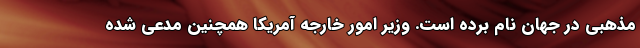
مذهبی در جهان نام برده است. وزیر امور خارجه آمریکا همچنین مدعی شده